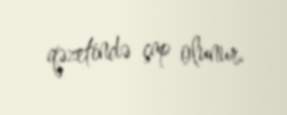
qəzetində çap olunur.